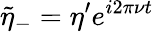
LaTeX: \tilde{\eta}_{-}=\eta^{\prime}e^{i2\pi\nu t}